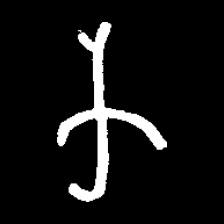
Pyu character \u2014 Myanmar letter: က (romanized: ka)